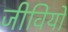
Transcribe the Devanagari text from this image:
जीवियो